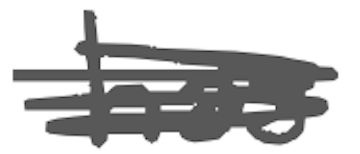
Text: has
Cross-out: scratch
Writing tool: digital_gray